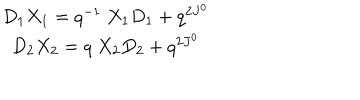
LaTeX: \begin{array} { c } { { D _ { 1 } X _ { 1 } = q ^ { - 1 } \ X _ { 1 } D _ { 1 } + q ^ { 2 J ^ { 0 } } } } \\ { { D _ { 2 } X _ { 2 } = q \ X _ { 2 } D _ { 2 } + q ^ { 2 J ^ { 0 } } } } \\ \end{array}